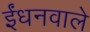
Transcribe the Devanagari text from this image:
ईंधनवाले